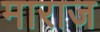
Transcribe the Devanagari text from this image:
माराज